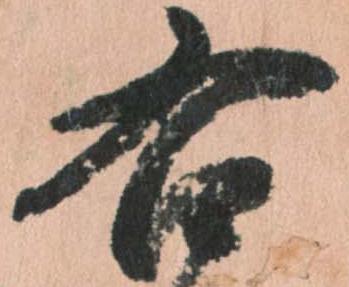
右